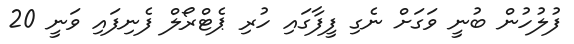
ފުލުހުން ބުނީ ވަގަށް ނެގި ފީފާގައި ހުރި ޕެޓްރޯލް ފެނިފައި ވަނީ 20